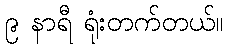
၉ နာရီ ရုံးတက်တယ်။